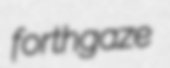
forthgaze